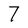
Character: 7